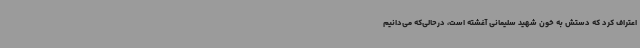
اعتراف کرد که دستش به خون شهید سلیمانی آغشته است، درحالی‌که می‌دانیم